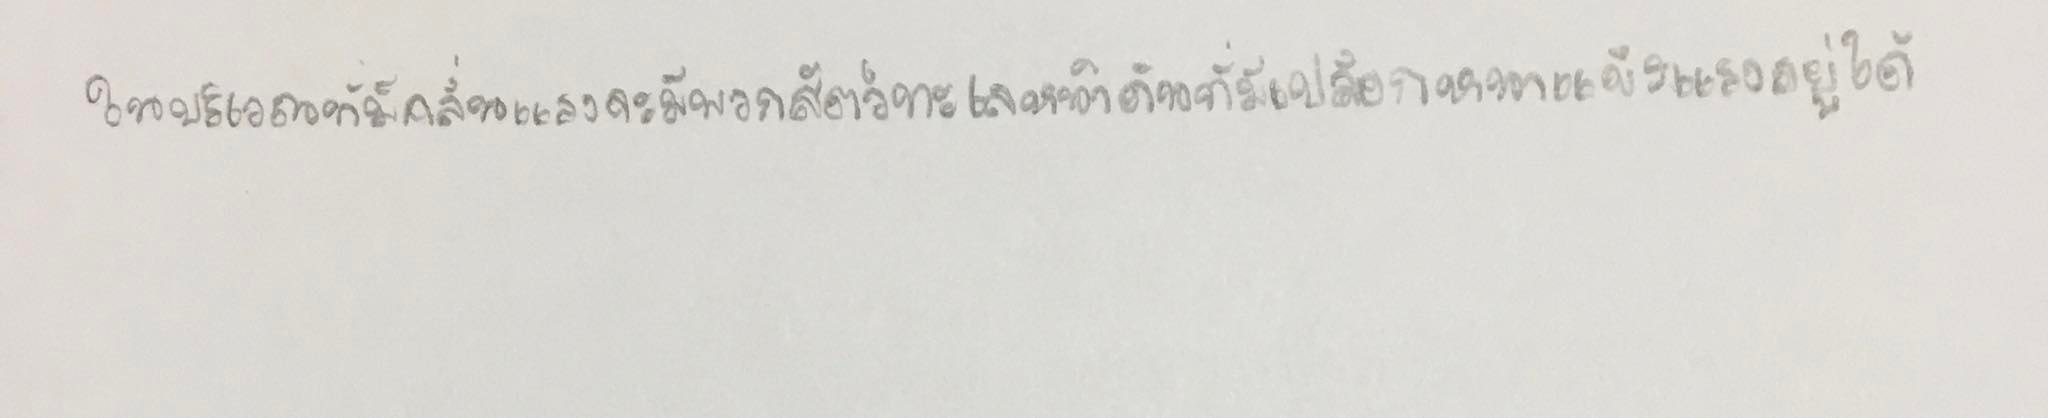
ในบริเวณที่มีคลื่นแรงจะมีพวกสัตว์ทะเลหน้าดินที่มีเปลือกหนาแข็งแรงอยู่ได้